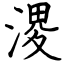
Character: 溭